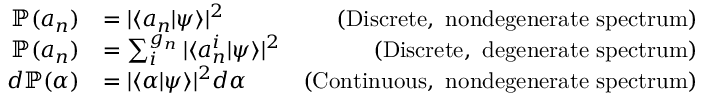
{ \begin{array} { r l r } { \mathbb { P } ( a _ { n } ) } & { = | \langle a _ { n } | \psi \rangle | ^ { 2 } } & { { \mathrm { ( D i s c r e t e , ~ n o n d e g e n e r a t e ~ s p e c t r u m ) } } } \\ { \mathbb { P } ( a _ { n } ) } & { = \sum _ { i } ^ { g _ { n } } | \langle a _ { n } ^ { i } | \psi \rangle | ^ { 2 } } & { { \mathrm { ( D i s c r e t e , ~ d e g e n e r a t e ~ s p e c t r u m ) } } } \\ { d \mathbb { P } ( \alpha ) } & { = | \langle \alpha | \psi \rangle | ^ { 2 } d \alpha } & { { \mathrm { ( C o n t i n u o u s , ~ n o n d e g e n e r a t e ~ s p e c t r u m ) } } } \end{array} }